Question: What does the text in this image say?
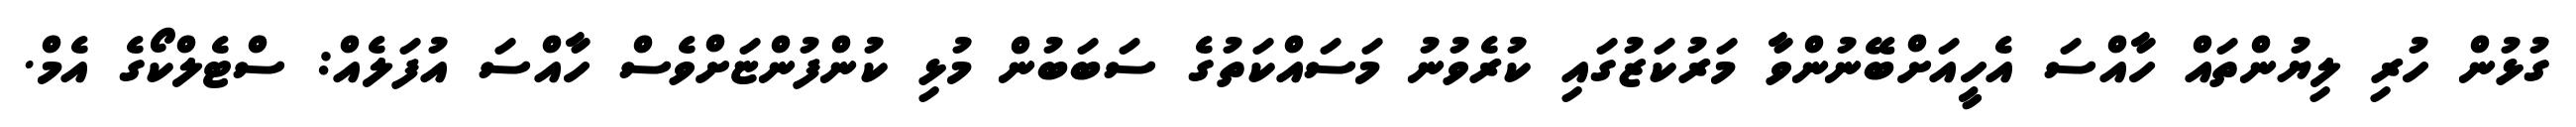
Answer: ގުޅުން ހުރި ލިޔުންތައް ހާއްސަ އެހީއަށްބޭނުންވާ މަރުކަޒުގައި ކުރެވުނު މަސައްކަތުގެ ސަބަބުން މުޅި ކުންފުންޏަށްވެސް ހާއްސަ އުފަލެއް: ސްޓެލްކޯގެ އެމް.